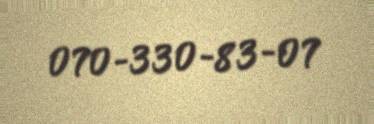
070-330-83-07